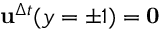
\mathbf { u } ^ { \Delta t } ( y = \pm 1 ) = \mathbf { 0 }